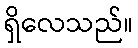
ရှိလေသည်။